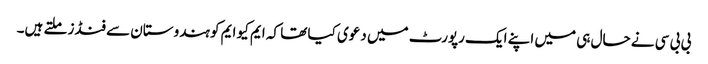
بی بی سی نے حال ہی میں اپنے ایک رپورٹ میں دعوی کیا تھا کہ ایم کیو ایم کو ہندوستان سے فنڈز ملتے ہیں۔